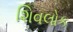
શિવલોક